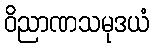
ဝိညာဏသမုဒယံ